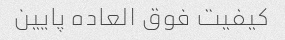
کیفیت فوق العاده پایین